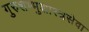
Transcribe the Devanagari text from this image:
गुरुशभ्भुशास्त्रसेवा